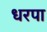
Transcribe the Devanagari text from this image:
धरपा